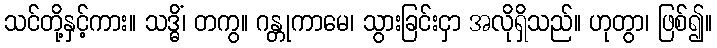
သင်တို့နှင့်ကား။ သဒ္ဓိံ၊ တကွ။ ဂန္တုကာမေ၊ သွားခြင်းငှာ အလိုရှိသည်။ ဟုတွာ၊ ဖြစ်၍။